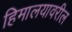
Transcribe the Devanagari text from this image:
हिमालयावरील